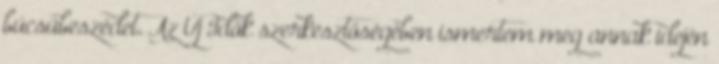
búcsúbeszédet. Az Új Idők szerkesztő­ségében ismertem meg annak idején